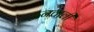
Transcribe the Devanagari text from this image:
ऊनवाली